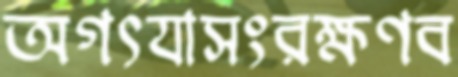
অগৎযাসংরক্ষণব